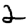
Digit: 2